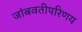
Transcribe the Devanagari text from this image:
जांबवतीपरिणय